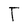
Character: T